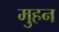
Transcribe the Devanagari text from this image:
मुहन